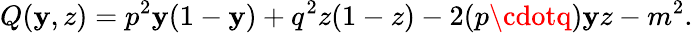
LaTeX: Q(\mathbf{y},z)=p^{2}\mathbf{y}(1-\mathbf{y})+q^{2}z(1-z)-2(p\cdotq)\mathbf{y}z-m^{2}.